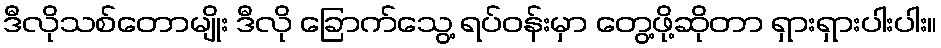
ဒီလိုသစ်တောမျိုး ဒီလို ခြောက်သွေ့ ရပ်ဝန်းမှာ တွေ့ဖို့ဆိုတာ ရှားရှားပါးပါး။